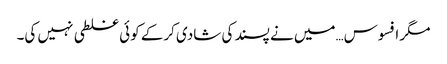
مگر افسوس…میں نے پسند کی شادی کرکے کوئی غلطی نہیں کی۔